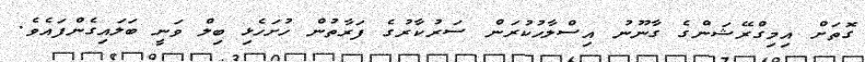
ގޮތަށް އިމިގްރޭޝަންގެ ގާނޫނު އިސްލާހުކުރަން ސަރުކާރުގެ ފަރާތުން ހުށަހެޅި ބިލް ވަނީ ބަލައިގެންފައެވެ.